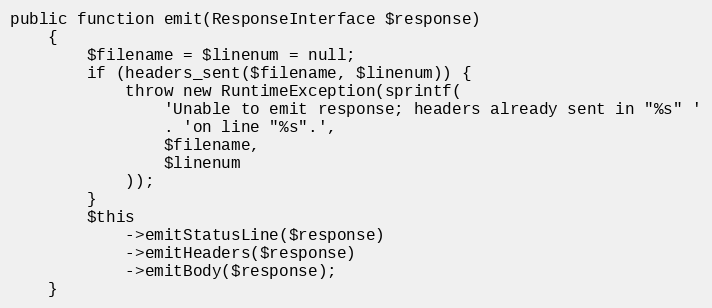
Language: PHP
public function emit(ResponseInterface $response)
    {
        $filename = $linenum = null;
        if (headers_sent($filename, $linenum)) {
            throw new RuntimeException(sprintf(
                'Unable to emit response; headers already sent in "%s" '
                . 'on line "%s".',
                $filename,
                $linenum
            ));
        }
        $this
            ->emitStatusLine($response)
            ->emitHeaders($response)
            ->emitBody($response);
    }